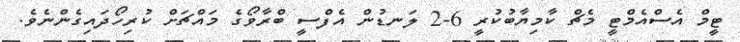
ޓީމް އެސްއެމްޓީ މެޗް ކާމިޔާބުކުރީ 6-2 ލަނޑުން އެފްސީ ބްރާވޯގެ މައްޗަށް ކުރިހޯދައިގެންނެވެ.